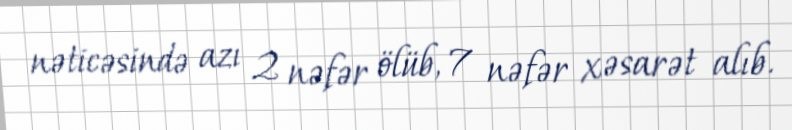
nəticəsində azı 2 nəfər ölüb, 7 nəfər xəsarət alıb.